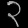
Digit: ၃